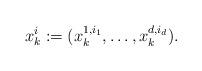
LaTeX: \begin{align*} x_k^{i} := (x_k^{1,i_1}, \ldots,x_k^{d,i_d}). \end{align*}